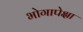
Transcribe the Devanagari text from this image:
भोगापेक्षा